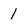
Character: 1